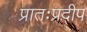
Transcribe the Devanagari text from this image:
प्रातःप्रदीप